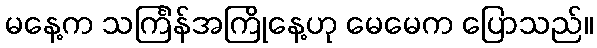
မနေ့က သင်္ကြန်အကြိုနေ့ဟု မေမေက ပြောသည်။